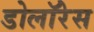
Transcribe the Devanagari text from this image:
डोलॉरेस